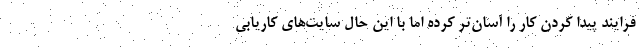
فرایند پیدا کردن کار را آسان‌تر کرده اما با این حال سایت‌های کاریابی